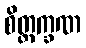
စိတ္တက္ခဏ